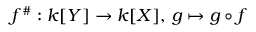
f ^ { \# } : k [ Y ] \to k [ X ] , \, g \mapsto g \circ f